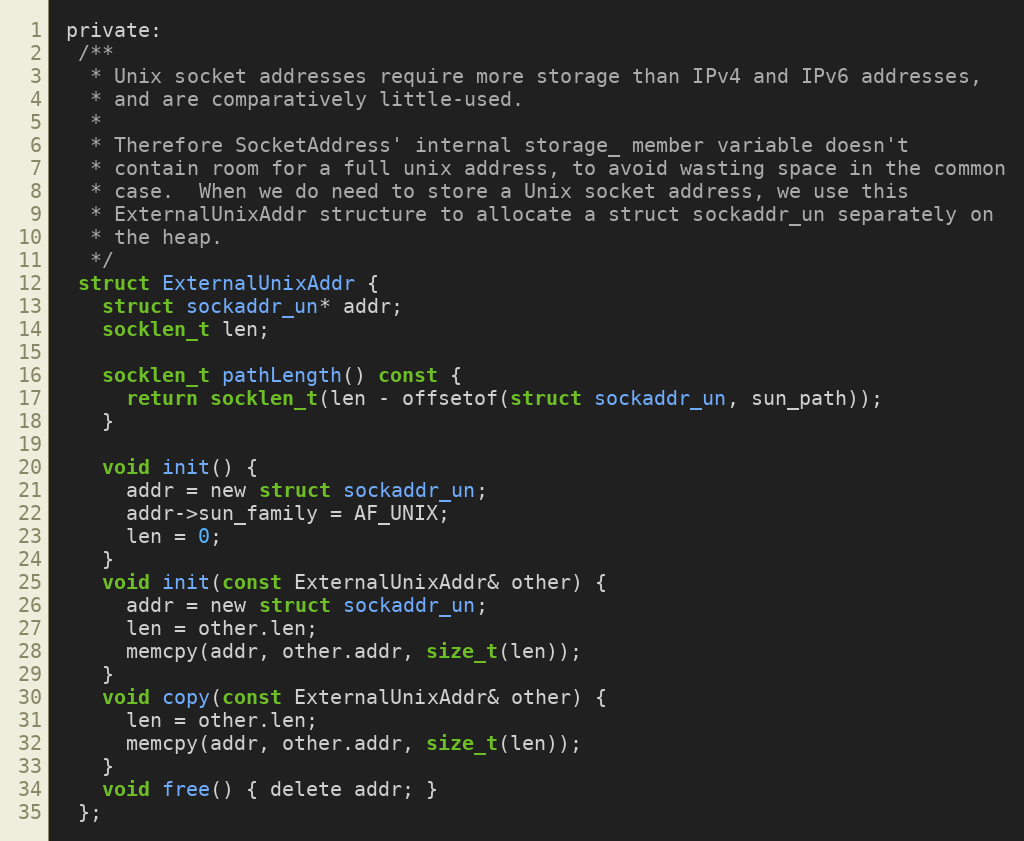
Language: C
 private:
  /**
   * Unix socket addresses require more storage than IPv4 and IPv6 addresses,
   * and are comparatively little-used.
   *
   * Therefore SocketAddress' internal storage_ member variable doesn't
   * contain room for a full unix address, to avoid wasting space in the common
   * case.  When we do need to store a Unix socket address, we use this
   * ExternalUnixAddr structure to allocate a struct sockaddr_un separately on
   * the heap.
   */
  struct ExternalUnixAddr {
    struct sockaddr_un* addr;
    socklen_t len;

    socklen_t pathLength() const {
      return socklen_t(len - offsetof(struct sockaddr_un, sun_path));
    }

    void init() {
      addr = new struct sockaddr_un;
      addr->sun_family = AF_UNIX;
      len = 0;
    }
    void init(const ExternalUnixAddr& other) {
      addr = new struct sockaddr_un;
      len = other.len;
      memcpy(addr, other.addr, size_t(len));
    }
    void copy(const ExternalUnixAddr& other) {
      len = other.len;
      memcpy(addr, other.addr, size_t(len));
    }
    void free() { delete addr; }
  };